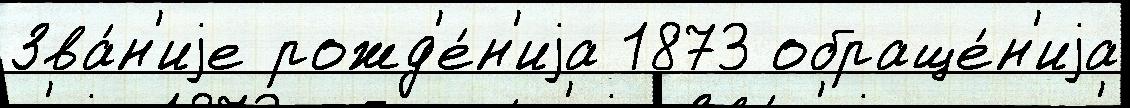
Зва́н'иjе рожд'е́н'иjа 1873 обраще́н'иjа